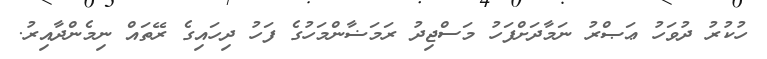
ހުކުރު ދުވަހު ޢަޞްރު ނަމާދަށްފަހު މަސްޖިދު ރަމަޟާންމަހުގެ ފަހު ދިހައިގެ ރޭތައް ނިމެންދާއިރު.